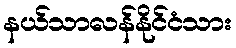
နယ်သာလန်နိုင်ငံသား